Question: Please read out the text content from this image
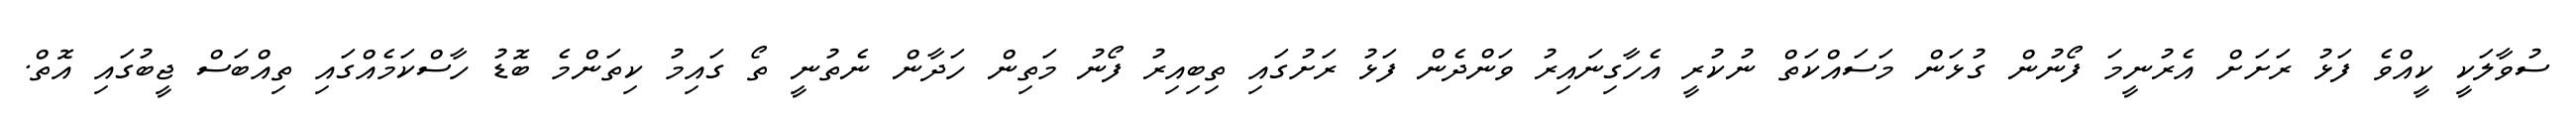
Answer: ސުވާލަކީ ކީއްވެ ފަޅު ރަށަށް އެރުނީމަ ފޯނުން ގުޅަން މަސައްކަތް ނުކުރީ އެހާގިނައިރު ވަންދެން ފަޅު ރަށުގައި ތިބިއިރު ފޯނު މަތިން ހަދާން ނެތުނީ ތޯ ގައިމު ކިތަންމެ ބޮޑު ހާސްކަމެއްގައި ތިއްބަސް ޖީބުގައި އޮތް.